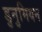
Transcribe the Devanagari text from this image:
डुनुमियन